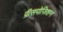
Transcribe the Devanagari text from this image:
प्रीसपोज़िशन